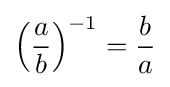
\left({\frac {a}{b}}\right)^{-1}={\frac {b}{a}}